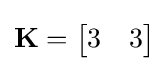
\mathbf {K} ={\begin{bmatrix}3&3\end{bmatrix}}